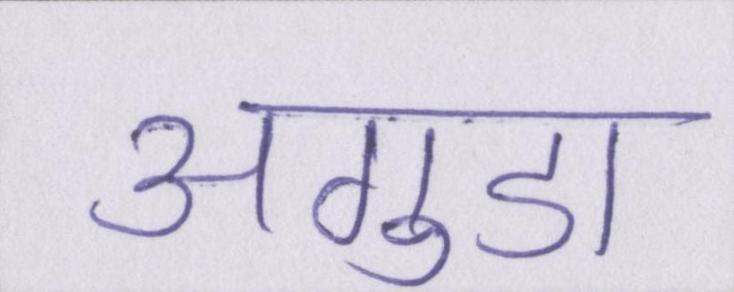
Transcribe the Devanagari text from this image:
अगुडा